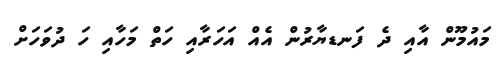
މައުމޫން އާއި ދެ ފަނޑޔާރުން އެއް އަހަރާއި ހަތް މަހާއި ހަ ދުވަހަށް